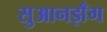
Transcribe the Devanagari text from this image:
सुआनझँग